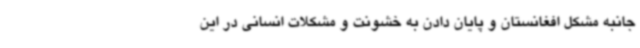
جانبه مشکل افغانستان و پایان دادن به خشونت و مشکلات انسانی در این